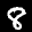
Label: 8